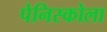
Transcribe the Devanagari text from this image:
पेनिस्कोला